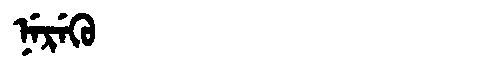
Manchu: ᠨᡝᡵᡝᡴᡠ
Romanization: NEREKU